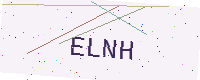
Text: ELNH